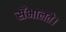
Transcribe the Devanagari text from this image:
सँभालते।